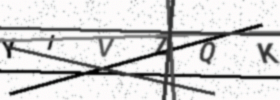
Text: YIVZQK